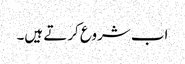
اب شروع کرتے ہیں۔